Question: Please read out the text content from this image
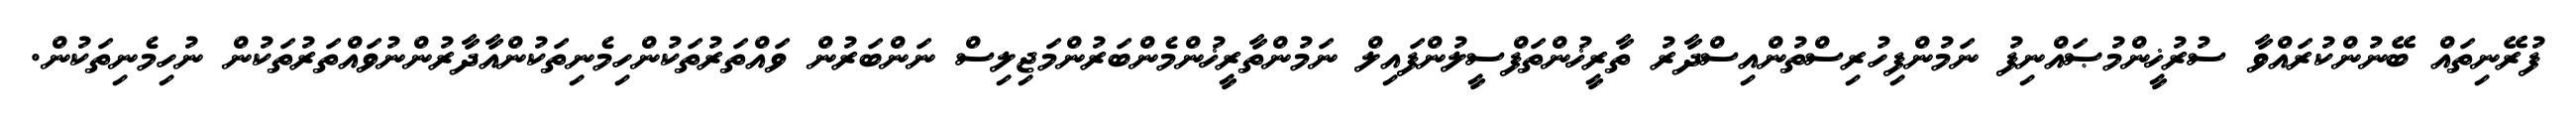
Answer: ފުރޭނިތައް ބޭނުންކުރައްވާ ސުރުޚީންމުޞައްނިފު ނަމުންފިހުރިސްތުންއިސްދާރު ތާރީޚުންތަފްސީލުންފައިލް ނަމުންތާރީޚުންމެންބަރުންމަޖިލިސް ނަންބަރުން ވައްތަރުތަކުންހިމެނިތަކުންއާދާރުންނުވައްތަރުތަކުން ނުހިމެނިތަކުން.